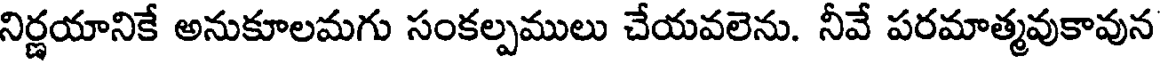
నిర్ణయానికే అనుకూలమగు సంకల్పములు చేయవలెను. నీవే పరమాత్మవుకావున